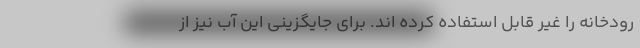
رودخانه را غیر قابل استفاده کرده اند. برای جایگزینی این آب نیز از